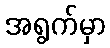
အရွက်မှာ